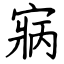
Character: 寎